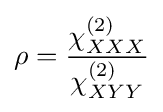
\rho ={\frac {\chi _{XXX}^{(2)}}{\chi _{XYY}^{(2)}}}